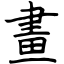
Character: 畫